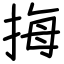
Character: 挴